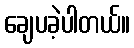
ချေပခဲ့ပါတယ်။